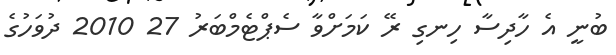
ބުނީ އެ ހާދިސާ ހިނގި ރޭ ކަމަށްވާ ސެޕްޓެމްބަރު 27 2010 ދުވަހުގެ